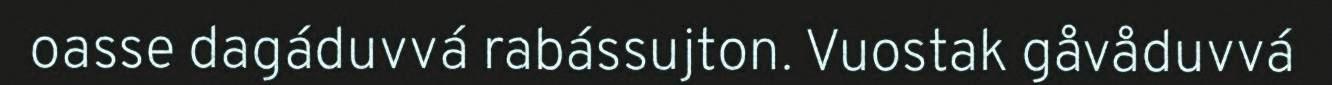
oasse dagáduvvá rabássujton. Vuostak gåvåduvvá